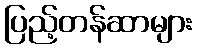
ပြည့်တန်ဆာများ